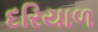
દરિયાળ